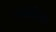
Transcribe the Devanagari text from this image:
समझौतेका